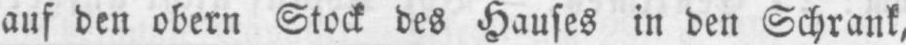
auf den obern Stock des Hauses in den Schrank,